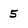
Character: 5